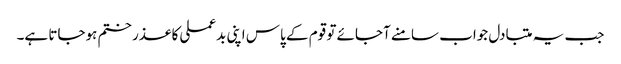
جب یہ متبادل جواب سامنے آجائے تو قوم کے پاس اپنی بدعملی کا عذر ختم ہوجاتا ہے۔